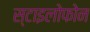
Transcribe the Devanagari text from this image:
स्टाइलोफोन